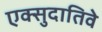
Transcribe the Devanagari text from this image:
एक्सुदातिवे